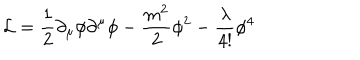
LaTeX: { \cal L } = \frac { 1 } { 2 } \partial _ { \mu } \phi \partial ^ { \mu } \phi - \frac { m ^ { 2 } } { 2 } \phi ^ { 2 } - \frac { \lambda } { 4 ! } \phi ^ { 4 }